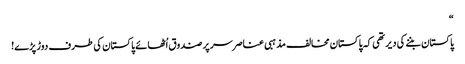
“
پاکستان بننے کی دیر تھی کہ پاکستان مخالف مذہبی عناصر سر پر صندوق اُٹھائے پاکستان کی طرف دوڑ پڑے!